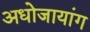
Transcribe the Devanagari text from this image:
अधोजायांग